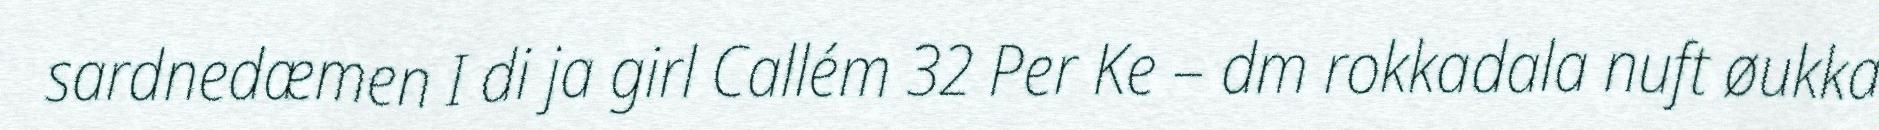
sardnedæmen I di ja girl Callém 32 Per Ke – dm rokkadala nuft øukka